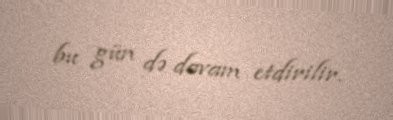
bu gün də davam etdirilir.